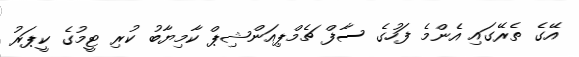
އޭގެ ތެރޭގައި އެންމެ ފަހުގެ ސާފް ޗެމްޕިއަންޝިޕް ކާމިޔާބު ކުރި ޓީމުގެ ކީޕަރު